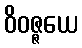
ဝိဝဇ္ဇယေ